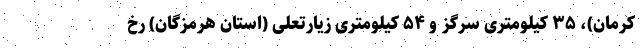
کرمان)، ۳۵ کیلومتری سرگز و ۵۴ کیلومتری زیارتعلی (استان هرمزگان) رخ